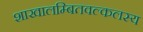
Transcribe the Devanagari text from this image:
शाखालम्बितवल्कलस्य